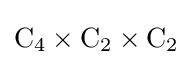
\mathrm {C} _{4}\times \mathrm {C} _{2}\times \mathrm {C} _{2}